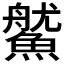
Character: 𩺔